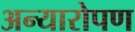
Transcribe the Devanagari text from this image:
अन्यारोपण